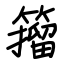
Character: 籀